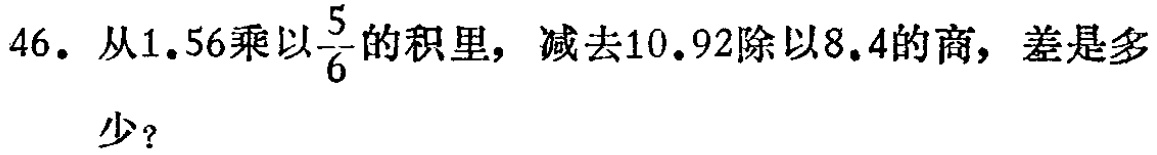
46. 从$1.56$乘以$\frac{5}{6}$的积里，减去$10.92$除以$8.4$的商，差是多少？